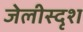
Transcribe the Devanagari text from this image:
जेलीस्दृश